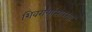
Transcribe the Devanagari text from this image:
शिवरायांसारखा